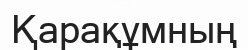
Қарақұмның